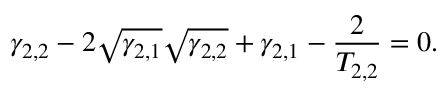
\gamma _ { 2 , 2 } - 2 \sqrt { \gamma _ { 2 , 1 } } \sqrt { \gamma _ { 2 , 2 } } + \gamma _ { 2 , 1 } - \frac { 2 } { T _ { 2 , 2 } } = 0 .